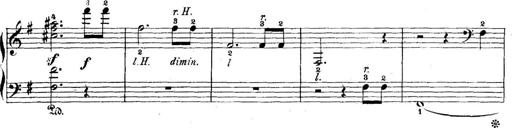
Title: 5 Sonatinas
Composer: Theodor Kirchner